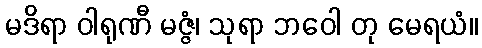
မဒိရာ ဝါရုဏီ မဇ္ဇံ၊ သုရာ ဘဝေါ တု မေရယံ။